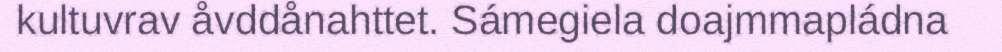
kultuvrav åvddånahttet. Sámegiela doajmmapládna